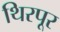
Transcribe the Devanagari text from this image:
थिरपूर